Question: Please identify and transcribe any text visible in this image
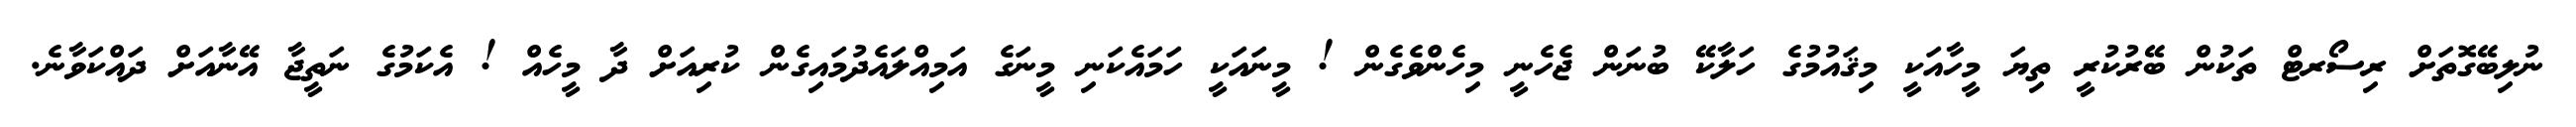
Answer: ނުލިބޭގޮތަށް ރިސޯރޓް ތަކުން ބޭރުކުރީ ތިޔަ މީހާއަކީ މިޤައުމުގެ ހަލާކޭ ބުނަން ޖެހެނީ މިހެންވެގެން ! މީނައަކީ ހަމައެކަނި މީނަގެ އަމިއްލައެދުމައިގެން ކުރިއަށް ދާ މީހެއް ! އެކަމުގެ ނަތީޖާ އޭނާއަށް ދައްކަވާނެ.